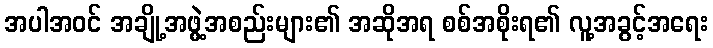
အပါအဝင် အချို့အဖွဲ့အစည်းများ၏ အဆိုအရ စစ်အစိုးရ၏ လူ့အခွင့်အရေး